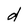
Character: d